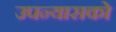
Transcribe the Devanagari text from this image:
उपन्यासको